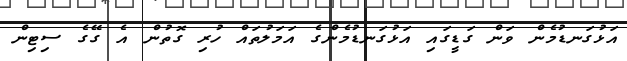
އަޅުގަނޑުމެން ވަން ގަޑީގައި އަޅުގަނޑުމެންގެ އަމަލުތައް ހުރި ގޮތުން އެ ގޭގެ ސިޓިން